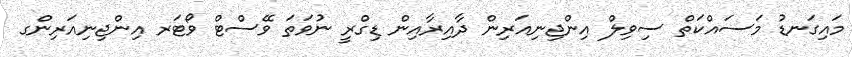
މައިގަނޑު މަސައްކަތް ސިވިލް އިންޖިނިއަރިން ދާއިރާއިން ޑިގްރީ ނުވަތަ ވޭސްޓް ވޯޓަރ އިންޖިނިއަރިންގ